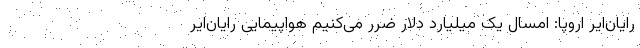
رایان‌ایر اروپا: امسال یک میلیارد دلار ضرر می‌کنیم هواپیمایی رایان‌ایر